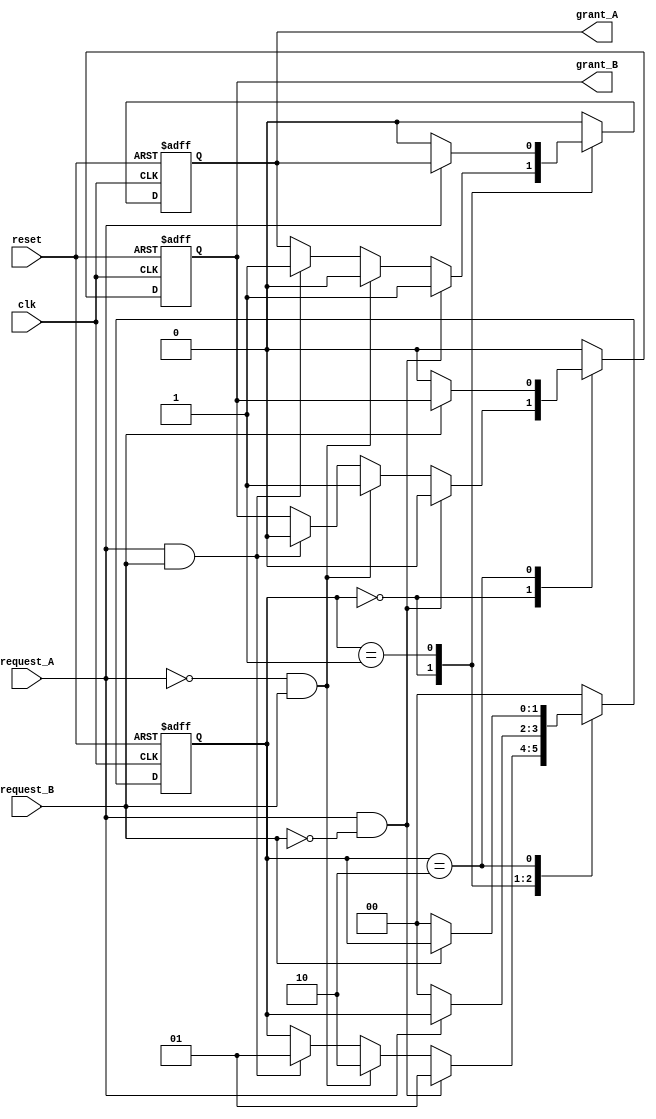
module memory_handshake (
    input wire clk,
    input wire reset,
    input wire request_A,
    input wire request_B,
    output reg grant_A,
    output reg grant_B
);

    // Internal state to keep track of which process is granted access
    reg [1:0] state;

    // State encoding
    localparam IDLE      = 2'b00,
               GRANT_A   = 2'b01,
               GRANT_B   = 2'b10;

    initial begin
        grant_A = 0;
        grant_B = 0;
        state   = IDLE;
    end

    always @(posedge clk or posedge reset) begin
        if (reset) begin
            // Reset all signals
            grant_A <= 0;
            grant_B <= 0;
            state   <= IDLE;
        end
        else begin
            case (state)
                IDLE: begin
                    // Check request signals
                    if (request_A && !request_B) begin
                        grant_A <= 1;  // Grant access to Process A
                        grant_B <= 0;
                        state <= GRANT_A;
                    end
                    else if (!request_A && request_B) begin
                        grant_A <= 0;
                        grant_B <= 1;  // Grant access to Process B
                        state <= GRANT_B;
                    end
                    else if (request_A && request_B) begin
                        // If both request, apply a simple priority scheme (Process A gets priority)
                        grant_A <= 1;
                        grant_B <= 0;
                        state <= GRANT_A;
                    end
                end

                GRANT_A: begin
                    if (!request_A) begin
                        // Process A has released access
                        grant_A <= 0;
                        state <= IDLE; // Go back to idle state
                    end
                    // keep grant_B low
                    grant_B <= 0;
                end

                GRANT_B: begin
                    if (!request_B) begin
                        // Process B has released access
                        grant_B <= 0;
                        state <= IDLE; // Go back to idle state
                    end
                    // keep grant_A low
                    grant_A <= 0;
                end

                default: begin
                    grant_A <= 0;
                    grant_B <= 0;
                    state <= IDLE;
                end
            endcase
        end
    end

endmodule